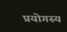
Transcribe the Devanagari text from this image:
प्रयोगस्य